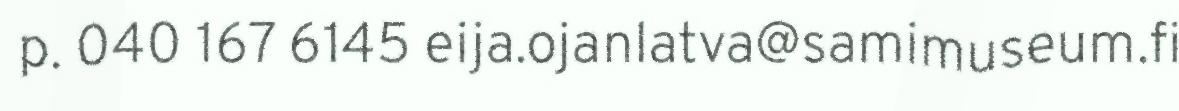
p. 040 167 6145 eija.ojanlatva@samimuseum.fi